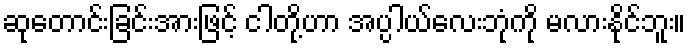
ဆုတောင်းခြင်းအားဖြင့် ငါတို့ဟာ အပ္ပါယ်လေးဘုံကို မလားနိုင်ဘူး။